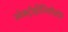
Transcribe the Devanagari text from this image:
स्पेक्ट्रोहीलियोग्राफ़